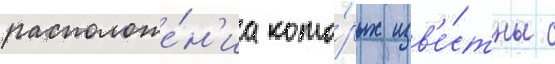
расположе́н'иа кото́рых изв'е́стны с